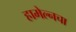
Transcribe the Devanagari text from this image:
हामेल्नचा